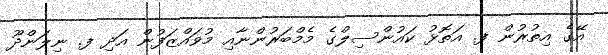
އޭގެ އިތުރުން ފ. އަތޮޅު ކައުންސިލްގެ މެމްބަރުންނާއި މުވައްޒަފުން އަދި ފ. ނިލަންދޫ